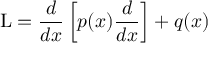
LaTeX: \operatorname { L } = { \frac { d } { d x } } \left[ p ( x ) { \frac { d } { d x } } \right] + q ( x )